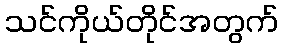
သင်ကိုယ်တိုင်အတွက်